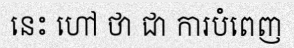
នេះ ហៅ ថា ជា ការបំពេញ